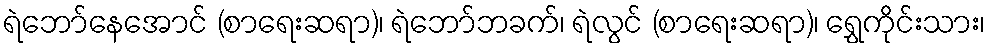
ရဲဘော်နေအောင် (စာရေးဆရာ)၊ ရဲဘော်ဘခက်၊ ရဲလွင် (စာရေးဆရာ)၊ ရွှေကိုင်းသား၊